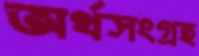
অর্থসংগ্রহ